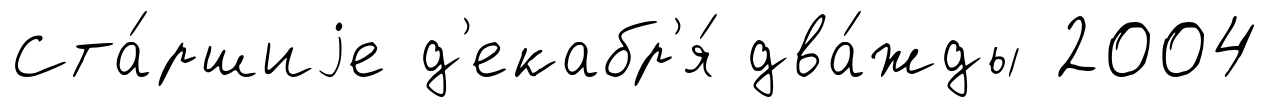
Ста́ршиjе д'екабр'я́ два́жды 2004